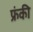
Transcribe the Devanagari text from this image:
फ्रंकी